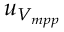
u _ { V _ { m p p } }